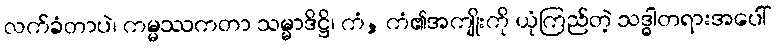
လက်ခံတာပဲ၊ ကမ္မဿကတာ သမ္မာဒိဋ္ဌိ၊ ကံ, ကံ၏အကျိုးကို ယုံကြည်တဲ့ သဒ္ဓါတရားအပေါ်